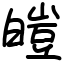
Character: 皚